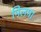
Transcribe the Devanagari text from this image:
मिलमा